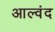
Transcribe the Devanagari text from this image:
आल्वंद